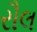
રૌલ